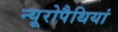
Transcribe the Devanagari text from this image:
न्यूरोपैथियां